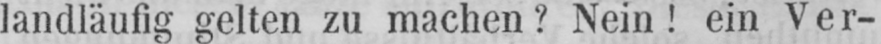
landläufig gelten zu machen? Nein! ein Ver-